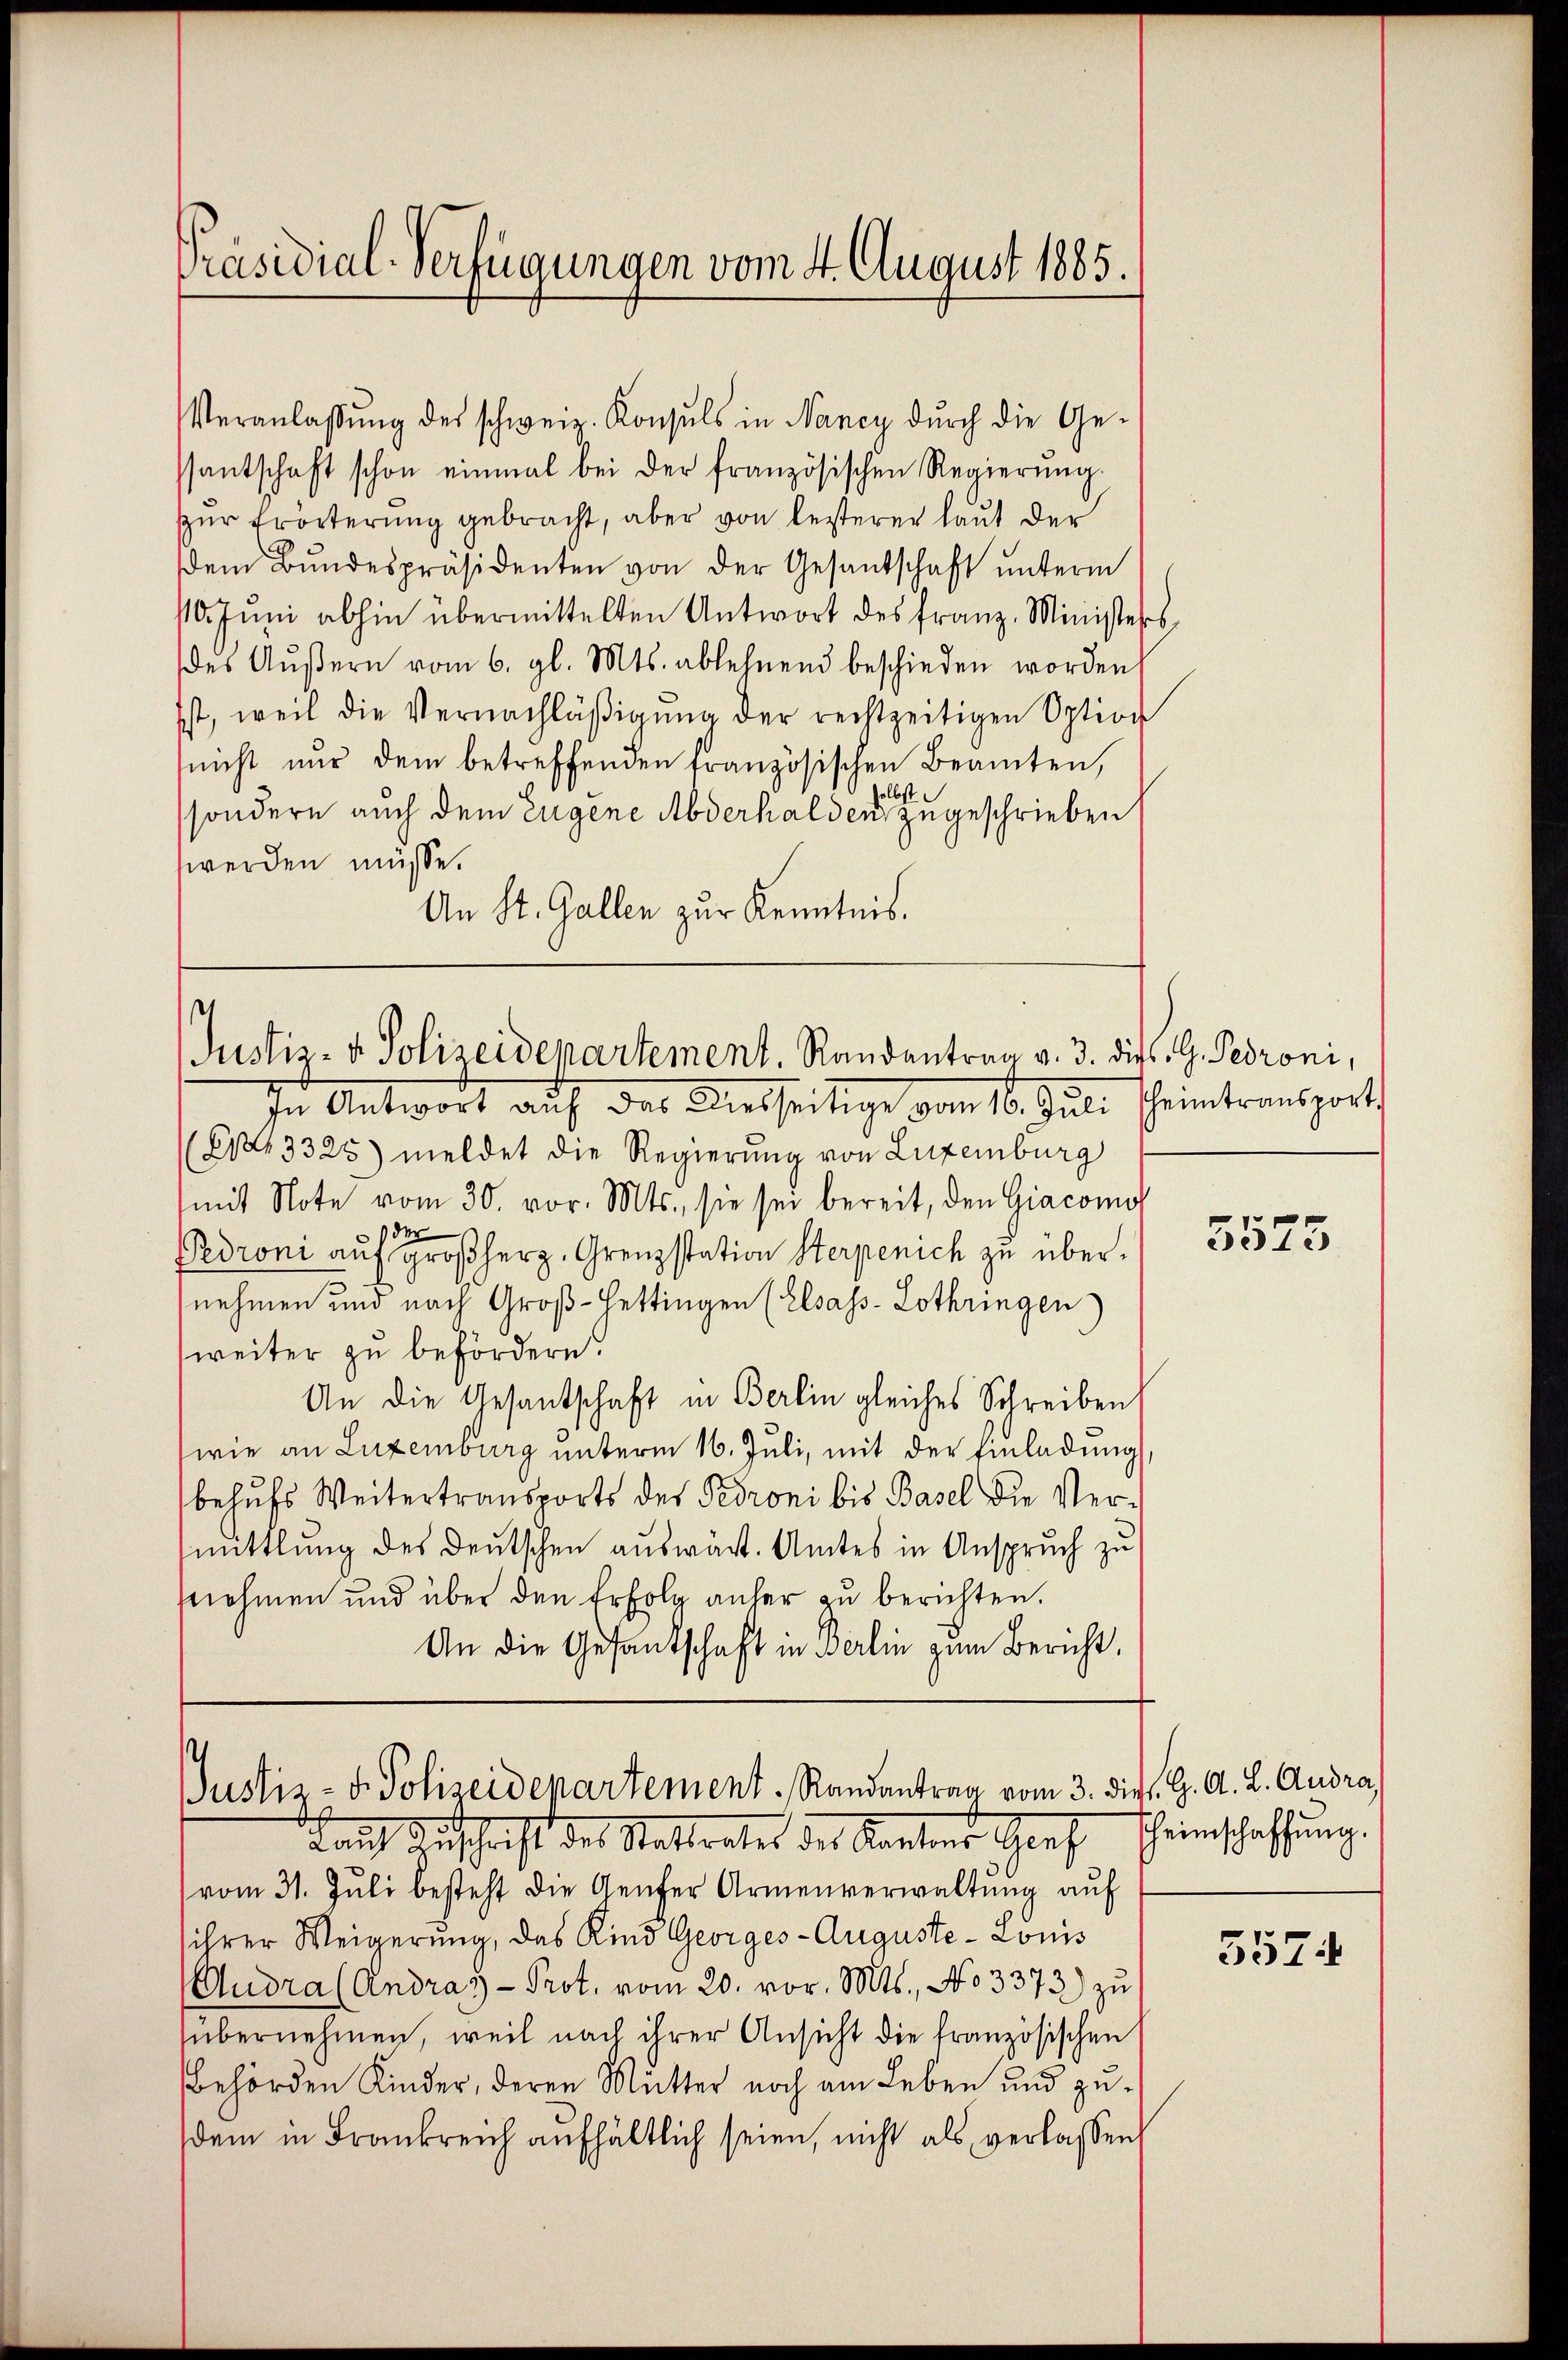
Präsidial-Verfügungen vom 4. August 1885.

Veranlassŭng des schweiz. Konsuls in Nancy dŭrch die Ge-
ssantschaft schon einmal bei der französischen Regierŭng
ur Erörterung gebracht, aber von lezterer laut der
dem Bŭndespräsidenten von der Gesandschaft ŭnterm
110. Jŭni abhin übermittelten Antwort des Franz-Ministeres
des Aŭβern vom 6. gl. Mts. ablehnend beschieden worden
ist, weil die Vernachläßigung der rechtzeitigen Option
(nicht nur dem betreffenden französischen Beamten,
selbst
sondern auch dem Eugene Abderhalden zugeschrieben
werden müsse.
An St. Gallen zur Kenntnis.

t
Justiz- & Polizeidepartement. Randentrag v. 3. dies G. Peroni,

Justiz- & Polizeidepartement. Randantrag vom 3. die K. A. L. Andra

In Antwort auf der dießseitige vom 16. Juli scheintransport
Ex 3325) meldet die Regierung von Luxenburg
mit Note vom 30. vor. Mts., sie sei bereit, den Giacomo
Pedroni auf Großherz, Grenzstation Sterpenich zu übernehmen und nach Groß-Hettingen (Elsass-Lothringen)
weiter zu befördern.
An die Gesantschaft in Berlin gleiches Schreiben
wie an Luxenburg unterm 16. Juli, mit der Einladung
behufs Weitertransports des Peroni bis Basel die Versmittlung des Deutschen auswärt. Amtes in Anspruch zu
snehmen und über den Erfolg anher zu berichten.
An die Gesandschaft in Berlin zum Bericht

Bruch Zuschrift des Stattrates des Kantons Graf Heinschaffung
vom 31. Jŭli besteht die Genfer Armenverwaltŭng aŭf
ihrer Weigerung, das Kind Georges - Auguste- Louis
Gudra (Andras - Prot. vom 20. vor. Mts., No 3373) zu
sübernehmen, weil nach ihrer Ansicht die französischen
behörden Kinder, deren Mutter noch am Leben und zudem in Frankreich aufhältlich seien, nicht als verlassen

5575

3574